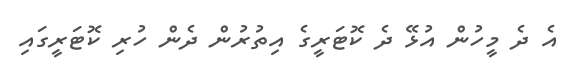
އެ ދެ މީހުން އުޅޭ ދެ ކޮޓަރީގެ އިތުރުން ދެން ހުރި ކޮޓަރީގައި